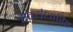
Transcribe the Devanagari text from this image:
स्वयंधारित